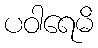
ပဝါရေမိ